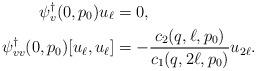
LaTeX: \begin{align*} \psi^\dagger_v(0,p_0)u_\ell &= 0,\\ \psi^\dagger_{vv}(0,p_0)[u_\ell,u_\ell] &= - \frac{c_2(q,\ell,p_0)}{c_1(q,2\ell,p_0)} u_{2\ell}.\end{align*}